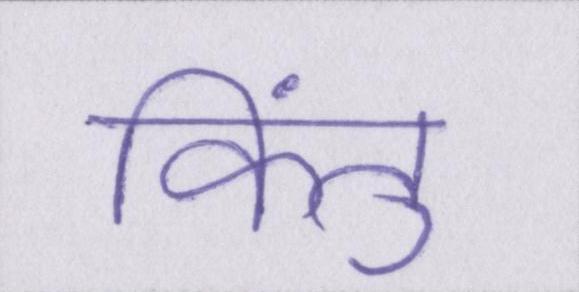
किंतु